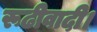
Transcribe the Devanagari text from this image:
रूढीवादी।